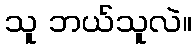
သူ ဘယ်သူလဲ။